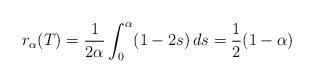
LaTeX: \begin{align*}r_\alpha(T) = \frac{1}{2\alpha} \int^\alpha_0 (1-2s) \, ds = \frac{1}{2}(1-\alpha)\end{align*}